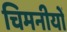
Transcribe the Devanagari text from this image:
चिमनीयों